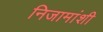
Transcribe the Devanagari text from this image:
निजामांशी